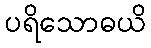
ပရိသောဓယိ